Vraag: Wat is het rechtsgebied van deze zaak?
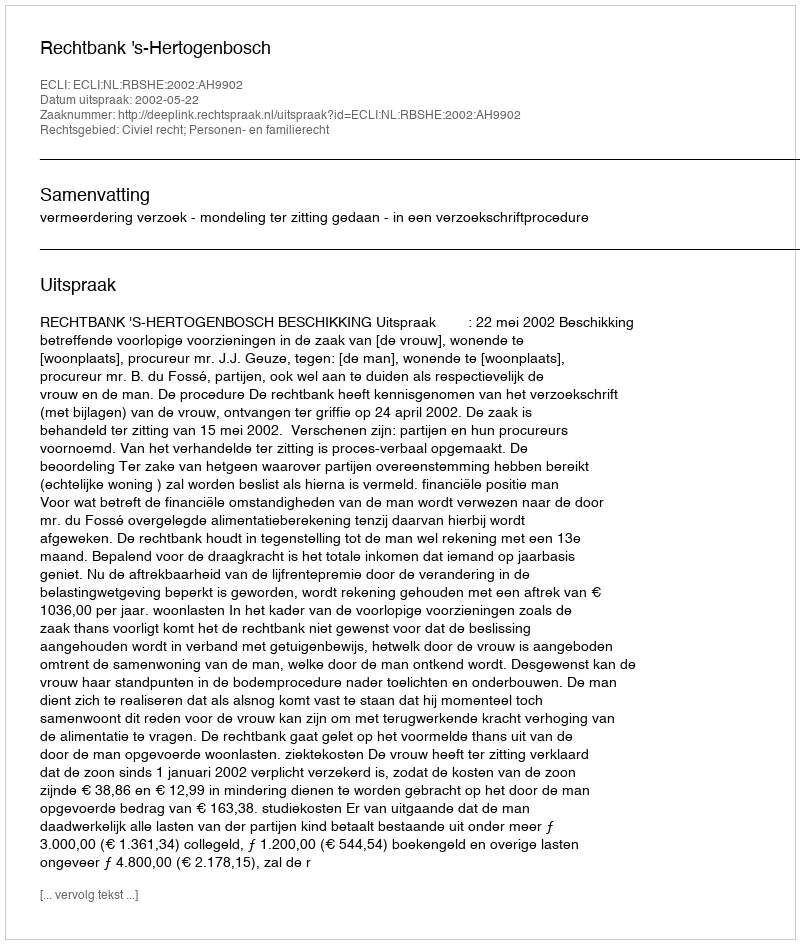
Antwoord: Civiel recht; Personen- en familierecht